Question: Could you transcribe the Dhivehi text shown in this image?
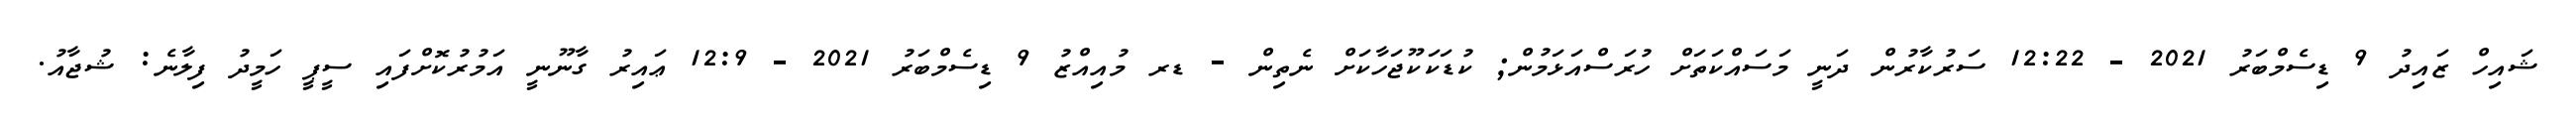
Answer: ޝައިހް ޒައިދު 9 ޑިސެމްބަރު 2021 - 12:22 ސަރުކާރުން ދަނީ މަސައްކަތަށް ހުރަސްއަޅަމުން; ކުޑަކަކޫޖަހާކަށް ނެތިން - ޑރ މުއިއްޒު 9 ޑިސެމްބަރު 2021 - 12:9 ޢައިރު ގާނޫނީ އަމުރުކޮށްފައި ސީޕީ ހަމީދު ފިލާނެ: ޝުޖާއު.